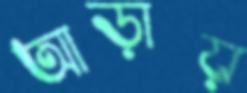
আড়ায়